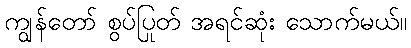
ကျွန်တော် စွပ်ပြုတ် အရင်ဆုံး သောက်မယ်။